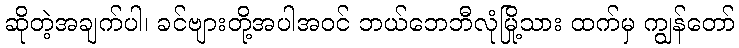
ဆိုတဲ့အချက်ပါ၊ ခင်ဗျားတို့အပါအဝင် ဘယ်ဘေဘီလုံမြို့သား ထက်မှ ကျွန်တော်